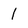
Character: 1